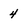
Character: 4